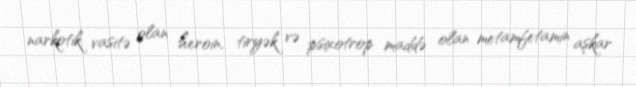
narkotik vasitə olan heroin, tiryək və psixotrop maddə olan metamfetamin aşkar